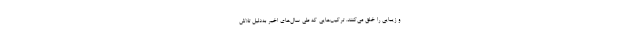
و زیبایی را خلق می‌کنند. ترکیب‌هایی که طی سال‌های اخیر به‌دلیل تلاش